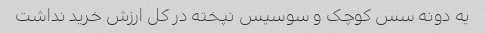
یه دونه سس کوچک و سوسیس نپخته در کل ارزش خرید نداشت